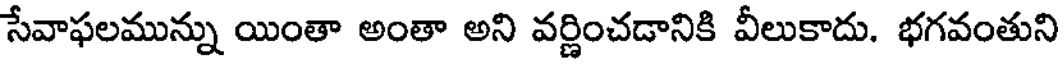
సేవాఫలమున్ను యింతా అంతా అని వర్ణించడానికి వీలుకాదు. భగవంతుని